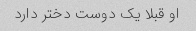
او قبلا یک دوست دختر دارد